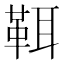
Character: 𩊐